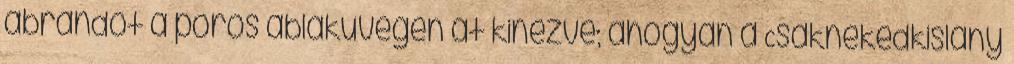
ábrándot a poros ablaküvegen át kinézve; ahogyan a Csaknekedkislány